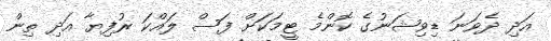
އަދި ދެވަނަ ޑިވިޝަނުގެ ކޮންމެ ޓީމަކަށް ފަސް ލައްކަ ރުފިޔާ އަދި ތިން